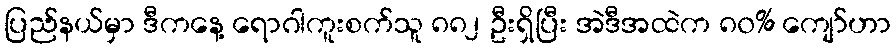
ပြည်နယ်မှာ ဒီကနေ့ ရောဂါကူးစက်သူ ၈၈၂ ဦးရှိပြီး အဲဒီအထဲက ၈၀% ကျော်ဟာ